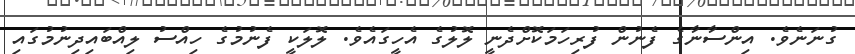
ގުނަނެވެ. އިންސާނާގެ ފެނުން ފުރިހަމަކޮށްދެނީ ލޮލުގެ އެހީގައެވެ. ލޮލަކީ ފެނުމުގެ ހިއްސު ލިއްބައިދިނުމުގައި